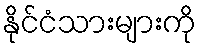
နိုင်ငံသားများကို